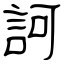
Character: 訶